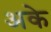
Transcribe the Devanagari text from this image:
अके